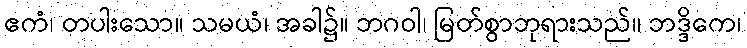
ဧကံ၊ တပါးသော။ သမယံ၊ အခါ၌။ ဘဂဝါ၊ မြတ်စွာဘုရားသည်။ ဘဒ္ဒိကေ၊